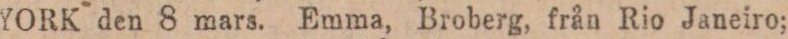
YORK den 8 mars. Emma, Broberg, från Rio Janeiro;